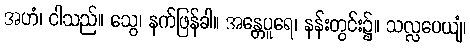
အဟံ၊ ငါသည်။ သွေ၊ နက်ဖြန်ခါ။ အန္တေပူရေ၊ နန်းတွင်း၌။ သလ္လပေယျံ၊